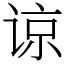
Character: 谅